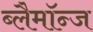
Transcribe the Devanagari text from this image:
ब्लैमॉन्ज